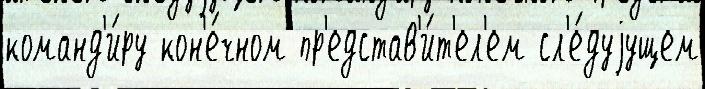
команд'и́ру кон'е́чном пр'едстав'и́т'ел'ем сл'е́дуjущем